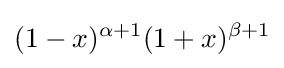
(1-x)^{\alpha +1}(1+x)^{\beta +1}